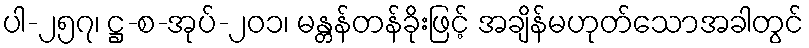
ပါ-၂၅၇၊ ဋ္ဌ-စ-အုပ်-၂၀၁၊ မန္တန်တန်ခိုးဖြင့် အချိန်မဟုတ်သောအခါတွင်